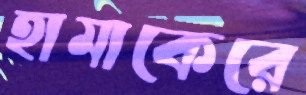
হামাকেরে